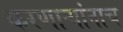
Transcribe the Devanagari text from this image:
करणाऱ्यांनाच